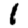
Digit: 1